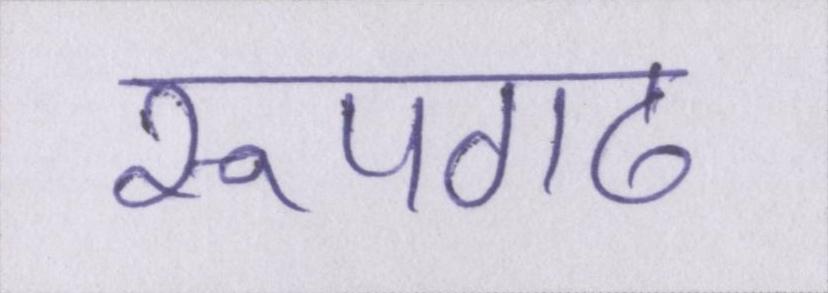
रूपगढ